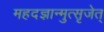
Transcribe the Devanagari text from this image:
महदज्ञान्मुत्सृजेत्